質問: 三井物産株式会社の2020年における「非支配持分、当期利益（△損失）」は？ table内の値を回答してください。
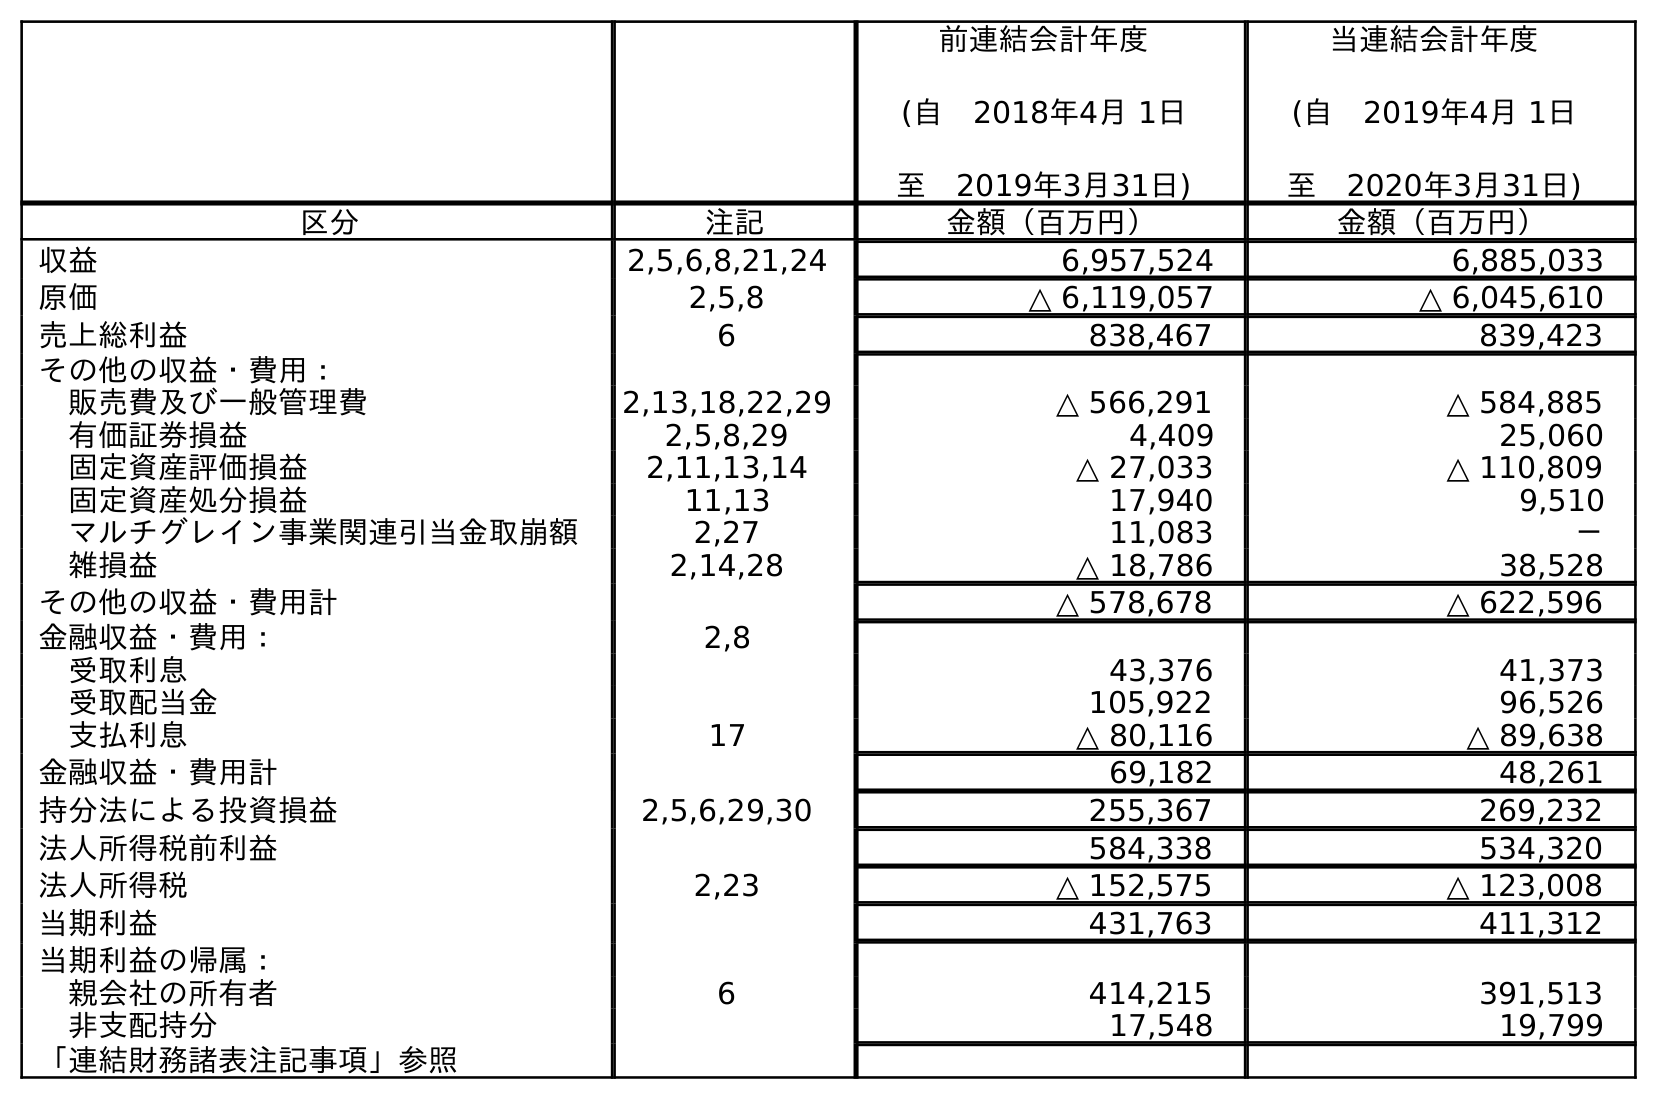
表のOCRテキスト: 前連結会計年度 (自 2018年4月 1日 至 2019年3月31日) 当連結会計年度 (自 2019年4月 1日 至 2020年3月31日) 区分 注記 金額（百万円） 金額（百万円） 収益 2,5,6,8,21,24 6,957,524 6,885,033 原価 2,5,8 △ 6,119,057 △ 6,045,610 売上総利益 6 838,467 839,423 その他の収益・費用： 販売費及び一般管理費 2,13,18,22,29 △ 566,291 △ 584,885 有価証券損益 2,5,8,29 4,409 25,060 固定資産評価損益 2,11,13,14 △ 27,033 △ 110,809 固定資産処分損益 11,13 17,940 9,510 マルチグレイン事業関連引当金取崩額 2,27 11,083 － 雑損益 2,14,28 △ 18,786 38,528 その他の収益・費用計 △ 578,678 △ 622,596 金融収益・費用： 2,8 受取利息 43,376 41,373 受取配当金 105,922 96,526 支払利息 17 △ 80,116 △ 89,638 金融収益・費用計 69,182 48,261 持分法による投資損益 2,5,6,29,30 255,367 269,232 法人所得税前利益 584,338 534,320 法人所得税 2,23 △ 152,575 △ 123,008 当期利益 431,763 411,312 当期利益の帰属： 親会社の所有者 6 414,215 391,513 非支配持分 17,548 19,799 「連結財務諸表注記事項」参照
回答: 19,799